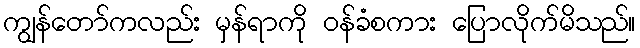
ကျွန်တော်ကလည်း မှန်ရာကို ဝန်ခံစကား ပြောလိုက်မိသည်။